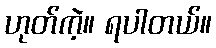
ဟုတ်ကဲ့။ ရပါတယ်။